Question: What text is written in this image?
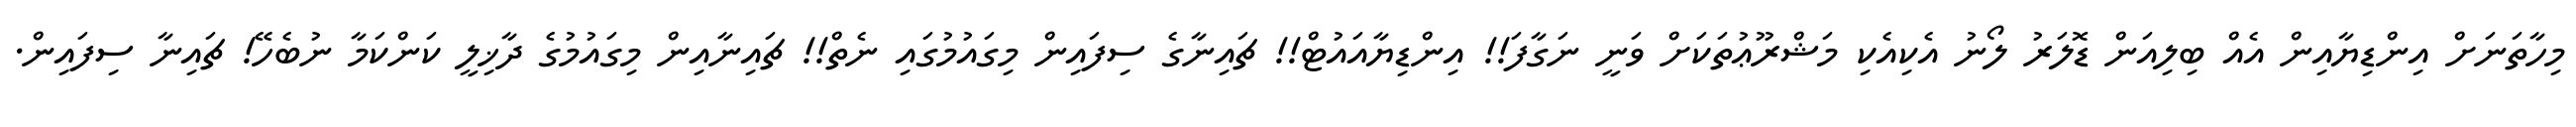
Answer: މިހާތަނަށް އިންޑިޔާއިން އެއް ބިލިއަން ޑޮލަރު ލޯނު އެކިއެކި މަޝްރޫޢުތަކަށް ވަނީ ނަގާފަ!! އިންޑިޔާއައުޓް!! ޗައިނާގެ ސިފައިން މިގައުމުގައި ނެތް!! ޗައިނާއިން މިގައުމުގެ ދާޚިލީ ކަންކަމާ ނުބެހޭ! ޗައިނާ ސިފައިން.